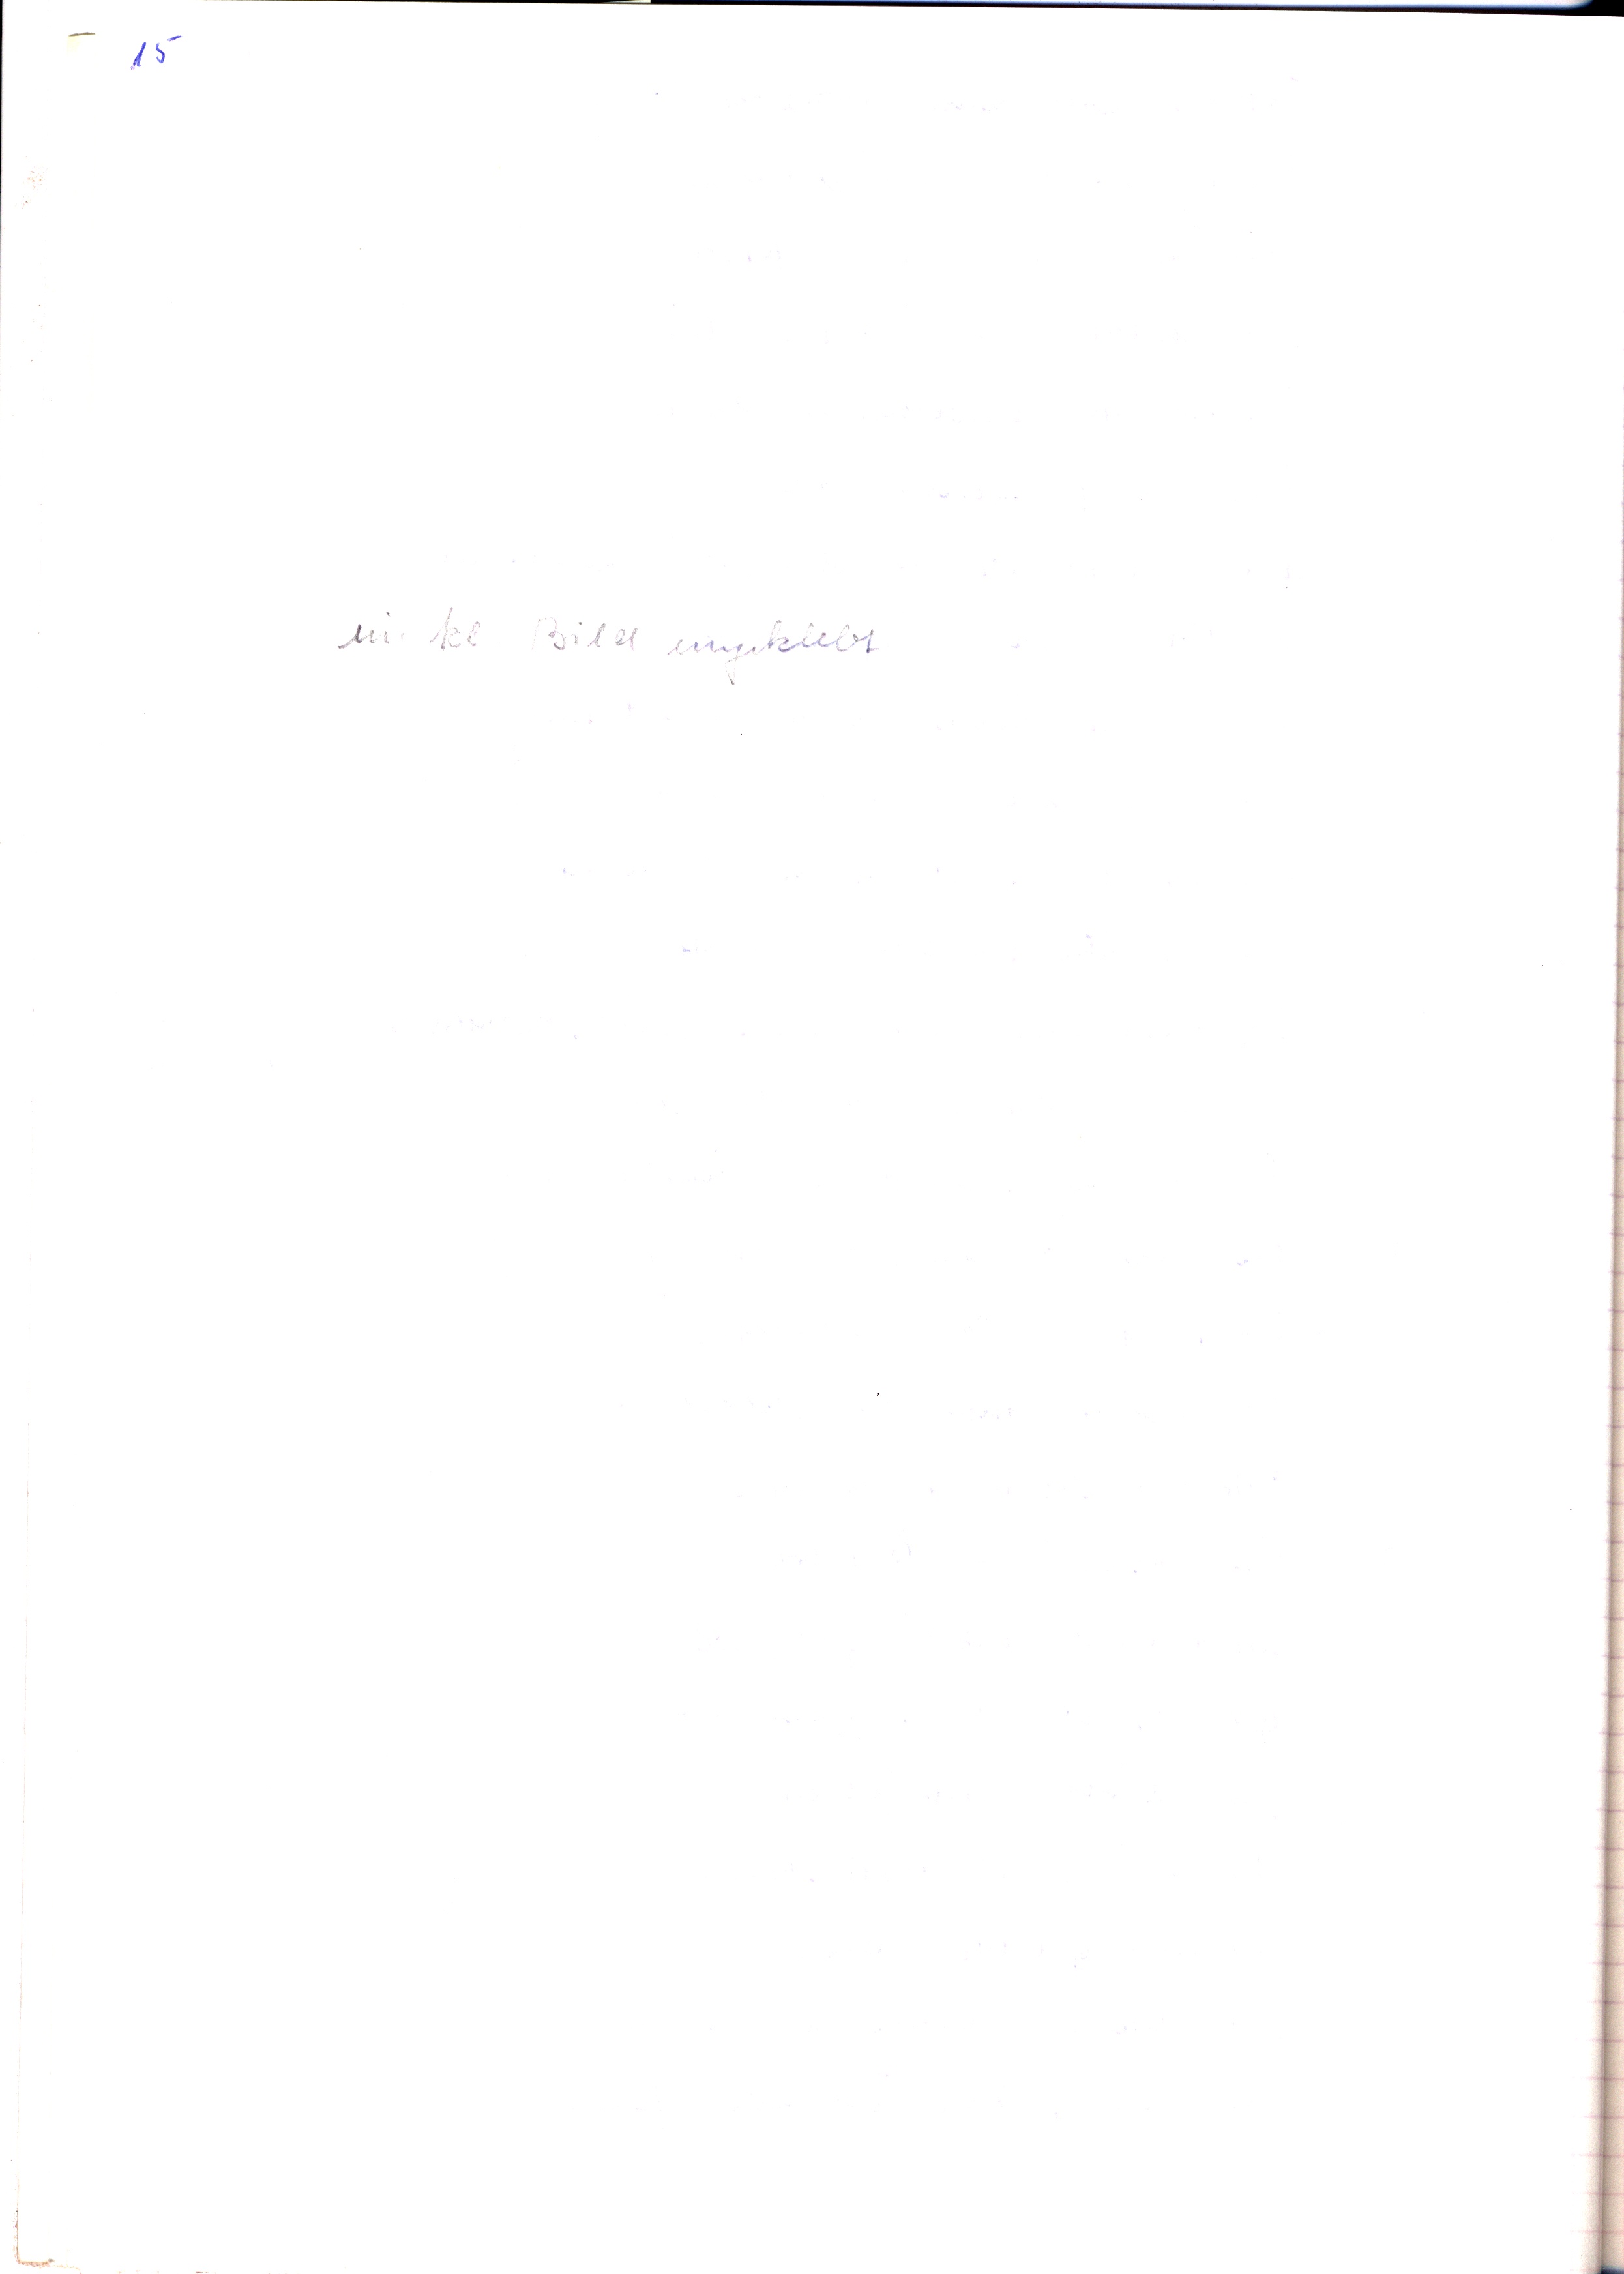
15